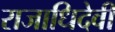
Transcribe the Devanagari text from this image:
राजाधिदेवी